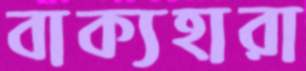
বাক্যহারা